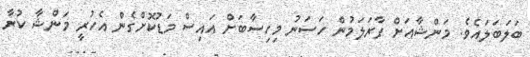
ބަލަބަލައެވެ. މަންޝާއަށް ފާރަލަމުން ހަސަނު މިހިސާބަށް އައިސް މަޑުކޮށްގެން އެހުރީ މަންޝާ ކުރާ